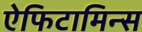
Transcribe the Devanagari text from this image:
ऐफिटामिन्स